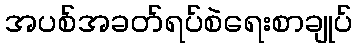
အပစ်အခတ်ရပ်စဲရေးစာချုပ်